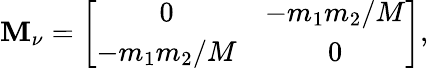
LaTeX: {\cal\mathbf{M}}_{\nu}=\left[\begin{array}{cc}{{0}}&{{-m_{1}m_{2}/M}}\\ {{-m_{1}m_{2}/M}}&{{0}}\end{array}\right],